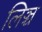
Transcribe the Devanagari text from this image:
लिञ्च